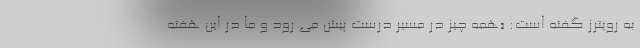
به رویترز گفته است: «همه چیز در مسیر درست پیش می رود و ما در این هفته